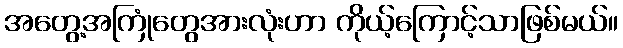
အတွေ့အကြုံတွေအားလုံးဟာ ကိုယ့်ကြောင့်သာဖြစ်မယ်။